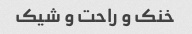
خنک و راحت و شیک